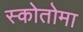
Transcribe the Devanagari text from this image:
स्कोतोमा